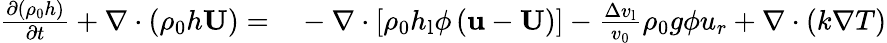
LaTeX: \begin{array}{rl}{\frac{\partial\left(\rho_{\mathrm{0}}h\right)}{\partial t}+\nabla\cdot\left(\rho_{\mathrm{0}}h\mathbf{U}\right)=}&{{}-\nabla\cdot\left[\rho_{\mathrm{0}}h_{\mathrm{l}}\phi\left(\mathbf{u}-\mathbf{U}\right)\right]-\frac{\Delta v_{\mathrm{l}}}{v_{\mathrm{0}}}\rho_{\mathrm{0}}{g}\phi{u_{r}}+\nabla\cdot\left(k\nabla T\right)}\end{array}